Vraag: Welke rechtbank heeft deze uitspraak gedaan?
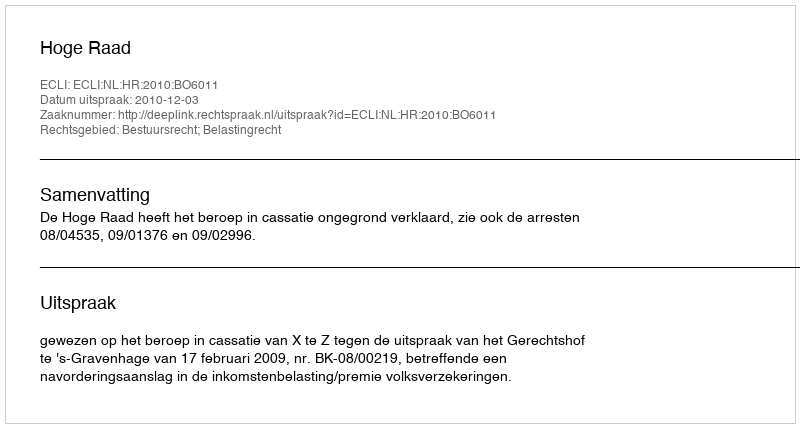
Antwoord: Hoge Raad